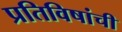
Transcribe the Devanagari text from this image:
प्रतिविषांची